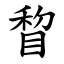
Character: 睝